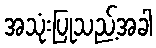
အသုံးပြုသည့်အခါ